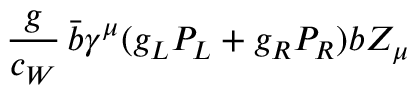
\frac { g } { c _ { W } } \, \bar { b } \gamma ^ { \mu } ( g _ { L } P _ { L } + g _ { R } P _ { R } ) b Z _ { \mu }